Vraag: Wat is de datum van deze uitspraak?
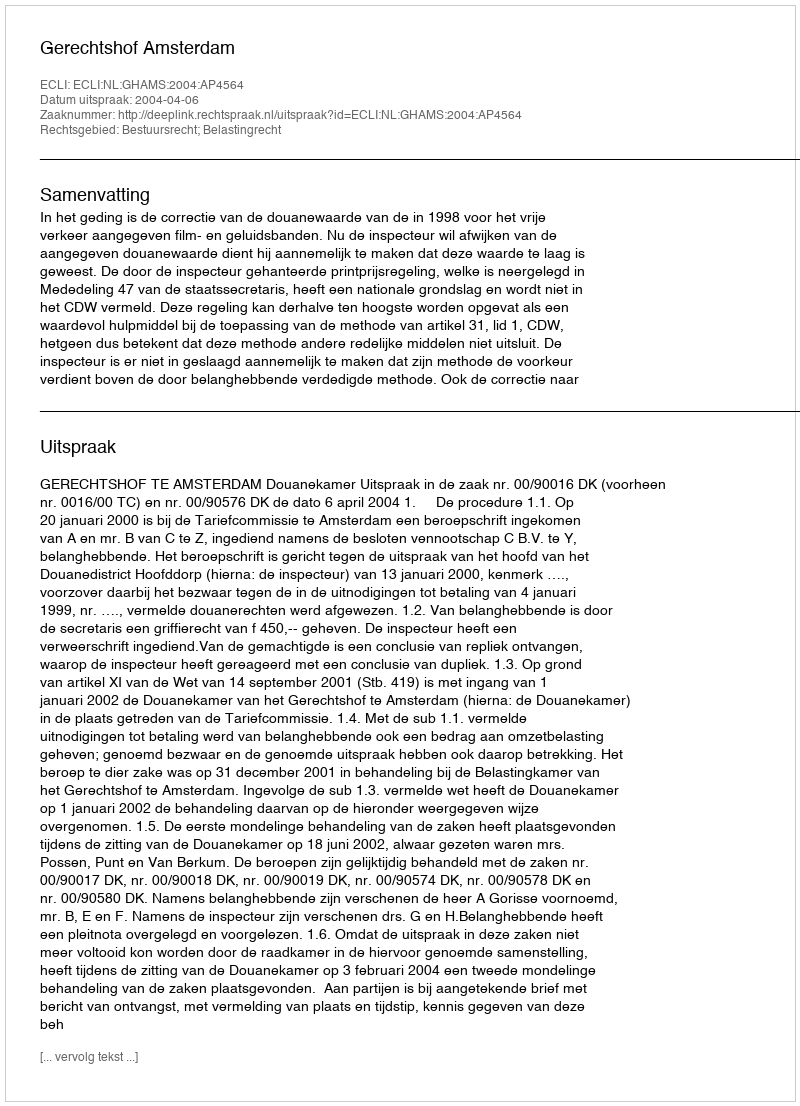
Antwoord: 2004-04-06